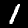
Digit: 1